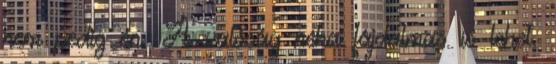
nem pedig én. A valóság néha fájdalmas is lehet.